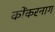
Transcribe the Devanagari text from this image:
कोंकरनाग